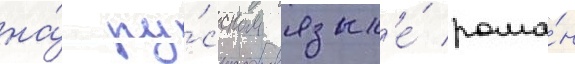
на́ ру́сском язык'е́ рома́н